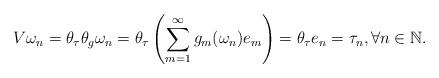
LaTeX: \begin{align*}V\omega_n=\theta_\tau \theta_g\omega_n=\theta_\tau\left(\sum_{m=1}^\infty g_m(\omega_n)e_m\right)=\theta_\tau e_n=\tau_n, \forall n \in \mathbb{N}.\end{align*}